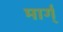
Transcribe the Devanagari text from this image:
मार्ग्